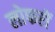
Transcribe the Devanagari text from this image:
लोफरों